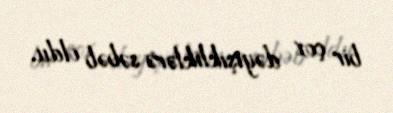
bir çox dəyişikliklərə səbəb oldu.